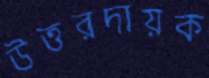
উত্তরদায়ক